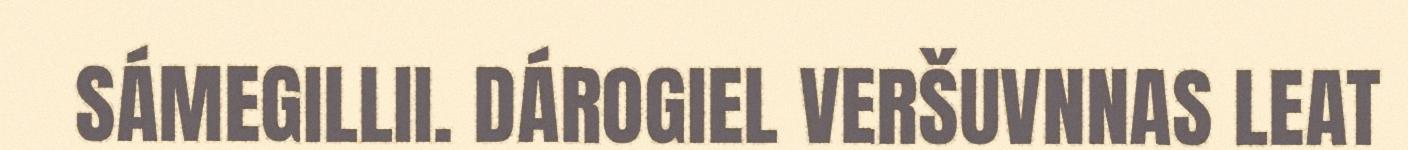
SÁMEGILLII. DÁROGIEL VERŠUVNNAS LEAT